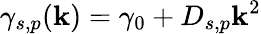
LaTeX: \gamma_{s,p}(\mathbf{k})=\gamma_{0}+D_{s,p}\mathbf{k}^{2}